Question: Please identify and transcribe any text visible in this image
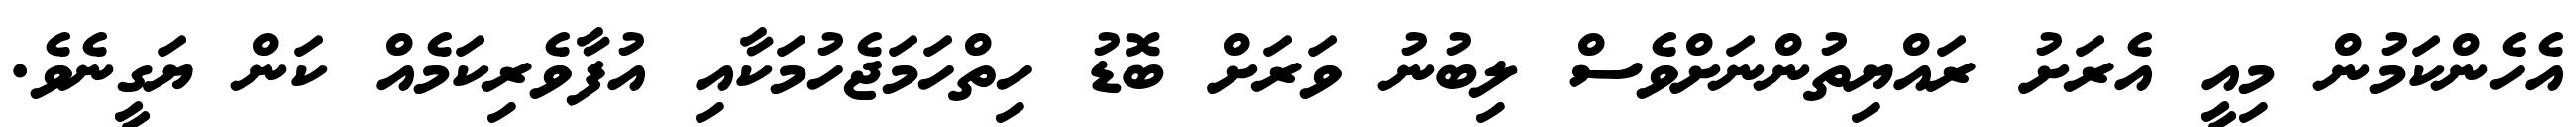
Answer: އެހެންކަމުން މިއީ އެރަށު ރައްޔިތުންނަށްވެސް ލިބުނު ވަރަށް ބޮޑު ހިތްހަމަޖެހުމަކާއި އުފާވެރިކަމެއް ކަން ޔަގީނެވެ.